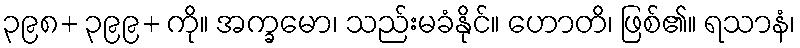
၃၉၈+ ၃၉၉+ ကို။ အက္ခမော၊ သည်းမခံနိုင်။ ဟောတိ၊ ဖြစ်၏။ ရသာနံ၊